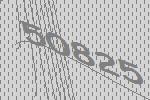
50825